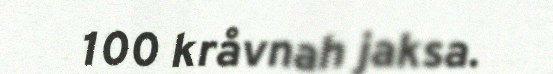
100 kråvnah jaksa.